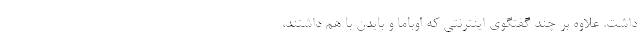
داشت. علاوه بر چند گفتگوی اینترنتی که اوباما و بایدن با هم داشتند،